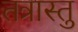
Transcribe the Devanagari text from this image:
तत्रास्तु